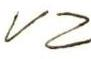
VZ